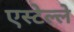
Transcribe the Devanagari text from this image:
एस्टेल्ले